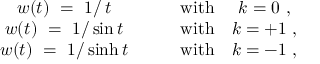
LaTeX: \begin{array} { c c c c } { { w ( t ) ~ = ~ 1 / \, t } } & { { \quad } } & { { \mathrm { w i t h } } } & { { k = 0 ~ , } } \\ { { w ( t ) ~ = ~ 1 / \sin t } } & { { \quad } } & { { \mathrm { w i t h } } } & { { k = + 1 ~ , } } \\ { { w ( t ) ~ = ~ 1 / \sinh t } } & { { \quad } } & { { \mathrm { w i t h } } } & { { k = - 1 ~ , } } \end{array}